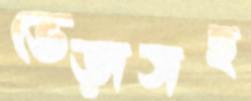
ভেড়াসহ